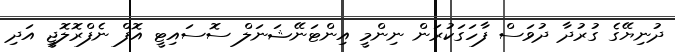
ދުނިޔޭގެ ގުރުދާ ދުވަސް ފާހަގަކުރަން ނިންމީ އިންޓަނޭޝަނަލް ސޮސައިޓީ އޮފް ނެފްރޮލޮޖީ އަދި